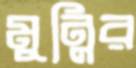
মুন্নির